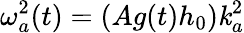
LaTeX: \omega_{a}^{2}(t)=(Ag(t)h_{0})\mathit{k}_{a}^{2}